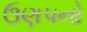
ઉણપનો